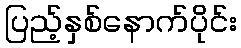
ပြည့်နှစ်နောက်ပိုင်း